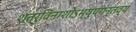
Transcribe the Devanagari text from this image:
शत्रुविनाशोऽभ्युपगन्तव्य